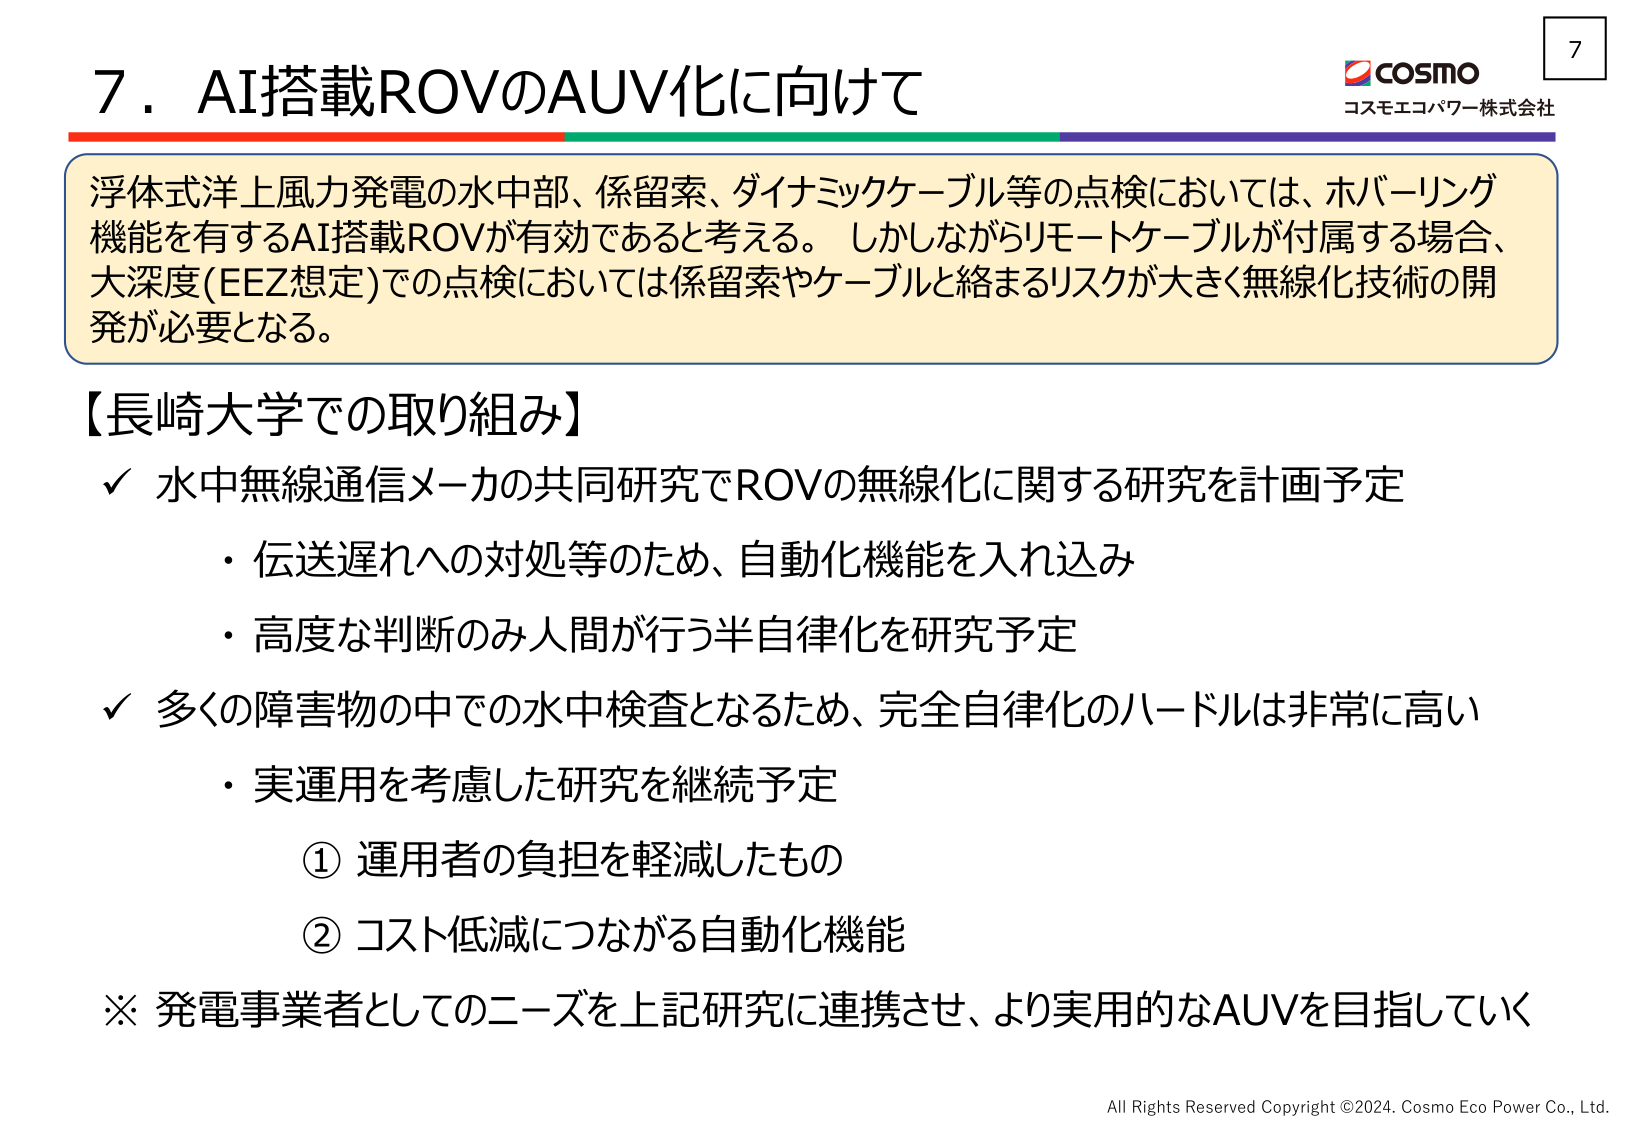
7. AI搭載ROVのAUV化に向けて

浮体式洋上風力発電の水中部、係留索、ダイナミックケーブル等の点検においては、ホバーリング機能を有するAI搭載ROVが有効であると考える。しかしながらリモートケーブルが付属する場合、大深度(EEZ想定)での点検においては係留索やケーブルと絡まるリスクが大きく無線化技術の開発が必要となる。

【長崎大学での取り組み】
✓ 水中無線通信メーカの共同研究でROVの無線化に関する研究を計画予定
・伝送遅れへの対処等のため、自動化機能を入れ込み
・高度な判断のみ人間が行う半自律化を研究予定
✓ 多くの障害物の中での水中検査となるため、完全自律化のハードルは非常に高い
・実運用を考慮した研究を継続予定
　① 運用者の負担を軽減したもの
　② コスト低減につながる自動化機能
※ 発電事業者としてのニーズを上記研究に連携させ、より実用的なAUVを目指していく

COSMO
コスモエコパワー株式会社

7

All Rights Reserved Copyright ©2024. Cosmo Eco Power Co., Ltd.